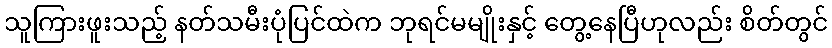
သူကြားဖူးသည့် နတ်သမီးပုံပြင်ထဲက ဘုရင်မမျိုးနှင့် တွေ့နေပြီဟုလည်း စိတ်တွင်